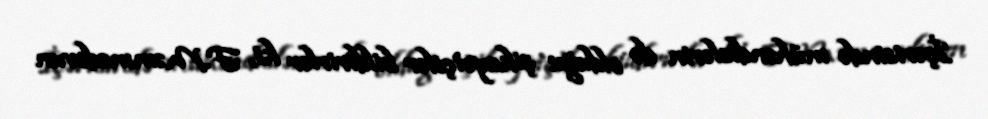
İçərisində mühəndislərin də olduğu şikayətçilər bildirirlər ki, F.Məmmədovun